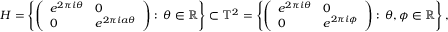
H = \left\{ \left( { \begin{array} { l l } { e ^ { 2 \pi i \theta } } & { 0 } \\ { 0 } & { e ^ { 2 \pi i a \theta } } \end{array} } \right) : \, \theta \in \mathbb { R } \right\} \subset \mathbb { T } ^ { 2 } = \left\{ \left( { \begin{array} { l l } { e ^ { 2 \pi i \theta } } & { 0 } \\ { 0 } & { e ^ { 2 \pi i \phi } } \end{array} } \right) : \, \theta , \phi \in \mathbb { R } \right\} ,